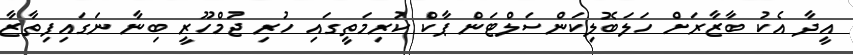
އީދާ އެކު ބާޒާރަށް ހަލަބޮލިކަންސަލްޓަން ޕާކް ކުރިމަތީގައި ހުރި ޖުމްހޫރީ ބިނާ ނަގައިފިތާޒާ